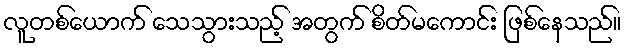
လူတစ်ယောက် သေသွားသည့် အတွက် စိတ်မကောင်း ဖြစ်နေသည်။